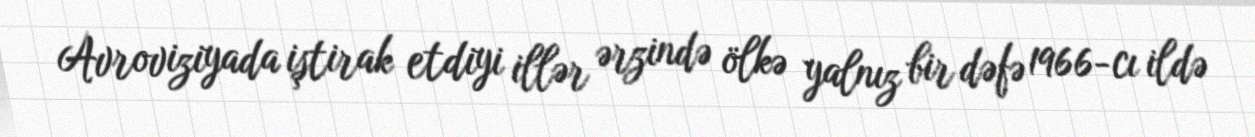
Avroviziyada iştirak etdiyi illər ərzində ölkə yalnız bir dəfə 1966-cı ildə